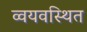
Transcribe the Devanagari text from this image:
व्वयवस्थित